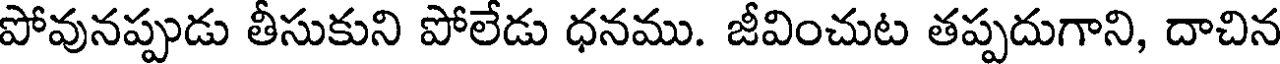
పోవునప్పుడు తీసుకుని పోలేడు ధనము. జీవించుట తప్పదుగాని, దాచిన